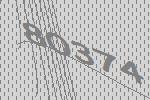
80374